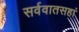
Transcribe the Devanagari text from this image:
सर्ववातसहां